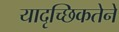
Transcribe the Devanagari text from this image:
यादृच्छिकतेने